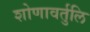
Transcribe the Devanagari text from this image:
शोणावर्तुलि